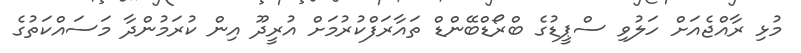
މުޅި ރާއްޖެއަށް ހަލުވި ސްޕީޑުގެ ބްރޯޑްބޭންޑް ތައާރަފްކުރުމަށް އުރީދޫ އިން ކުރަމުންދާ މަސައްކަތުގެ